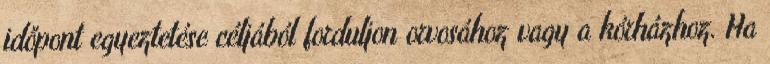
időpont egyeztetése céljából forduljon orvosához vagy a kórházhoz. Ha